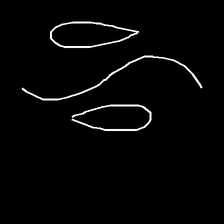
Glyph: water